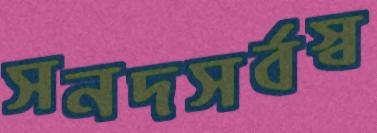
সনদসর্বস্ব